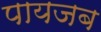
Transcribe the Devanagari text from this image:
पायजब